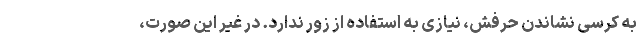
به کرسی نشاندن حرفش، نیازی به استفاده از زور ندارد. در غیر این صورت،